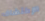
الإكتشاف